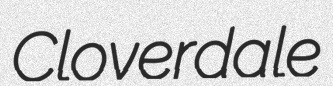
Cloverdale